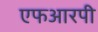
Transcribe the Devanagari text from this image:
एफआरपी